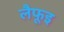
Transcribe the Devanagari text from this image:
लैफूइ